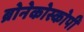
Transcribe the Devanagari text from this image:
ब्रोनेकोस्कोपी